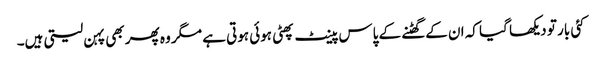
کئی بار تو دیکھا گیا کہ ان کے گھٹنے کے پاس پینٹ پھٹی ہوئی ہوتی ہے مگر وہ پھر بھی پہن لیتی ہیں۔